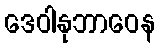
ဒေဝါနုဘာဝေန